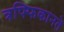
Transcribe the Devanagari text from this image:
त्रफ्फिकानते